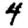
Digit: 4